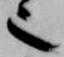
也